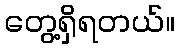
တွေ့ရှိရတယ်။